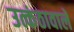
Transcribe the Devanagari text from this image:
उत्कंठावाले